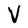
Character: V